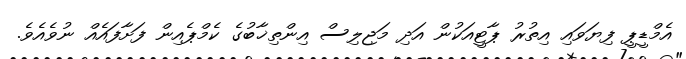
އެމްޑީޕީ ފިޔަވައި އިތުރު ޕާޓީއަކުން އަދި މަޖިލިސް އިންތިޚާބުގެ ކެމްޕެއިން ފަށާފައެއް ނުވެއެވެ.